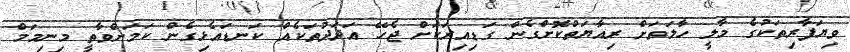
ވިޔަފާރިތަކުގެ މާލީ ހާލަތަށް ރިއާޔަތްކޮށްގެން ގަޑިއިރަކަށް ޖެހޭ އަދަދުތަކެއް ކަނޑައެޅިގެން ކަމަށްވާތީ މިނިމަމް